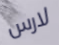
لارس